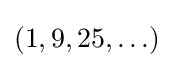
(1,9,25,\ldots )